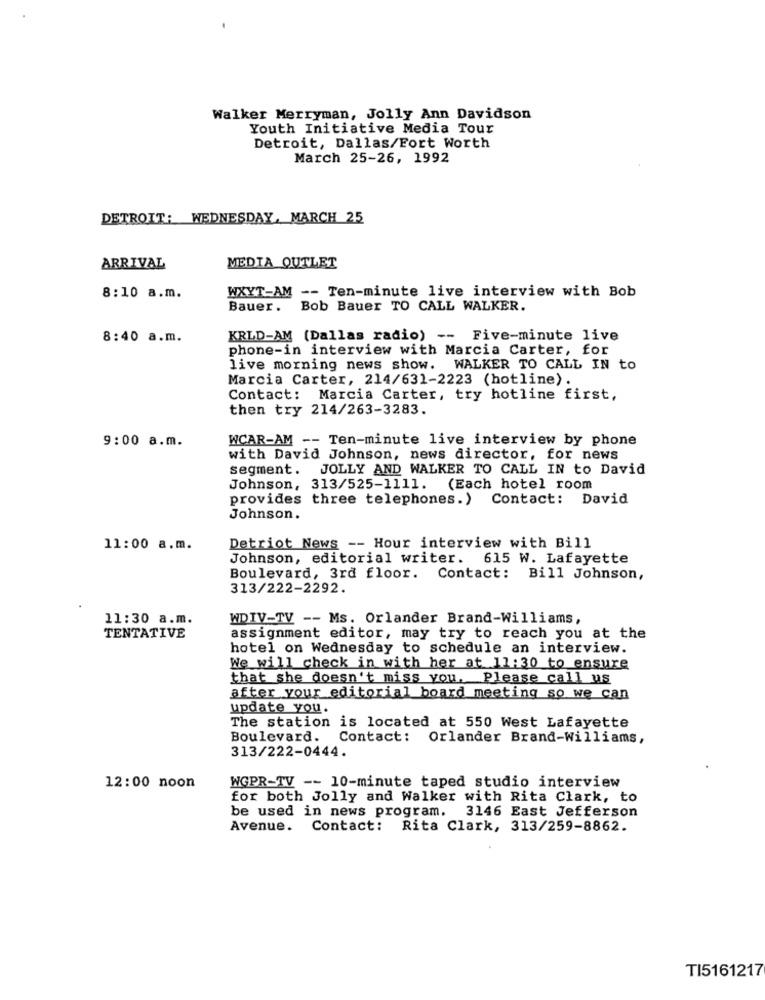
Walker Merryman, Jolly Ann Davidson
Youth Initiative Media Tour
Detroit, Dallas/Fort Worth
March 25-26, 1992
DETROIT: WEDNESDAY, MARCH 25
ARRIVAL
MEDIA OUTLET
WXYT-AM -- Ten-minute live interview with Bob
8:10 a.m.
Bauer.
Bob Bauer TO CALL WALKER.
8:40 a.m.
KRLD-AM (Dallas radio) -- Five-minute live
phone-in interview with Marcia Carter, for
live morning news show. WALKER TO CALL IN to
Marcia Carter, 214/631-2223 (hotline).
Contact: Marcia Carter, try hotline first,
then try 214/263-3283.
WCAR-AM -- Ten-minute live interview by phone
9:00 a.m.
with David Johnson, news director, for news
segment. JOLLY AND WALKER TO CALL IN to David
Johnson, 313/525-1111. (Each hotel room
provides three telephones.) Contact: David
Johnson.
11:00 a.m.
Detriot News -- Hour interview with Bill
Johnson, editorial writer. 615 W. Lafayette
Boulevard, 3rd floor. Contact: Bill Johnson,
313/222-2292.
11:30 a.m.
WDIV-TV -- Ms. Orlander Brand-Williams,
TENTATIVE
assignment editor, may try to reach you at the
hotel on Wednesday to schedule an interview.
We will check in with her at 11:30 to ensure
that she doesn't miss you. Please call us
after your editorial board meeting so we can
update you.
The station is located at 550 West Lafayette
Boulevard. Contact: Orlander Brand-Williams,
313/222-0444.
12:00 noon
WGPR-TV -- 10-minute taped studio interview
for both Jolly and Walker with Rita Clark, to
be used in news program. 3146 East Jefferson
Avenue.
Contact: Rita Clark, 313/259-8862.
TI5161217